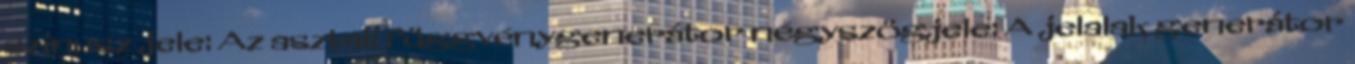
szinusz jele: Az asztali függvénygenerátor négyszögjele: A jelalak generátor